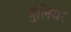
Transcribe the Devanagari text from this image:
थुलियर